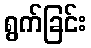
ရွက်ခြင်း